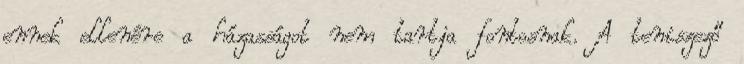
ennek ellenére a házasságot nem tartja fontosnak. A teniszező